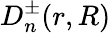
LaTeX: D_{n}^{\pm}(r,R)